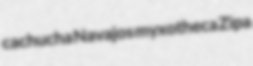
cachucha Navajos myxotheca Zipa